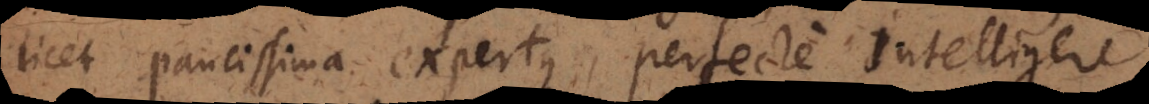
licet paucissima expertus, perfecte intelligere